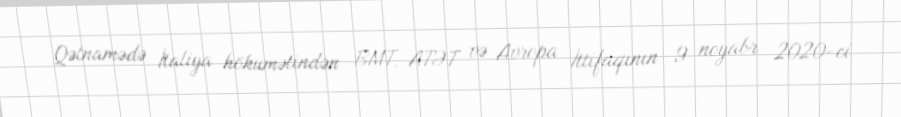
Qətnamədə İtaliya hökumətindən BMT, ATƏT və Avropa İttifaqının 9 noyabr 2020-ci